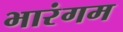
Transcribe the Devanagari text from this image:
भारंगम